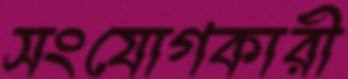
সংযোগকারী